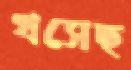
খসেছ